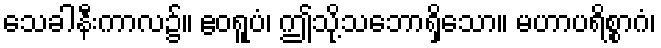
သေခါနီးကာလ၌။ ဧဝရူပံ၊ ဤသို့သဘောရှိသော။ မဟာပရိစ္စာဂံ၊